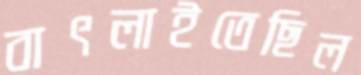
বাৎলাইতেছিল